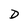
Character: D